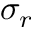
\sigma _ { r }